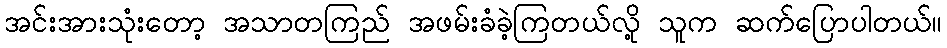
အင်းအားသုံးတော့ အသာတကြည် အဖမ်းခံခဲ့ကြတယ်လို့ သူက ဆက်ပြောပါတယ်။